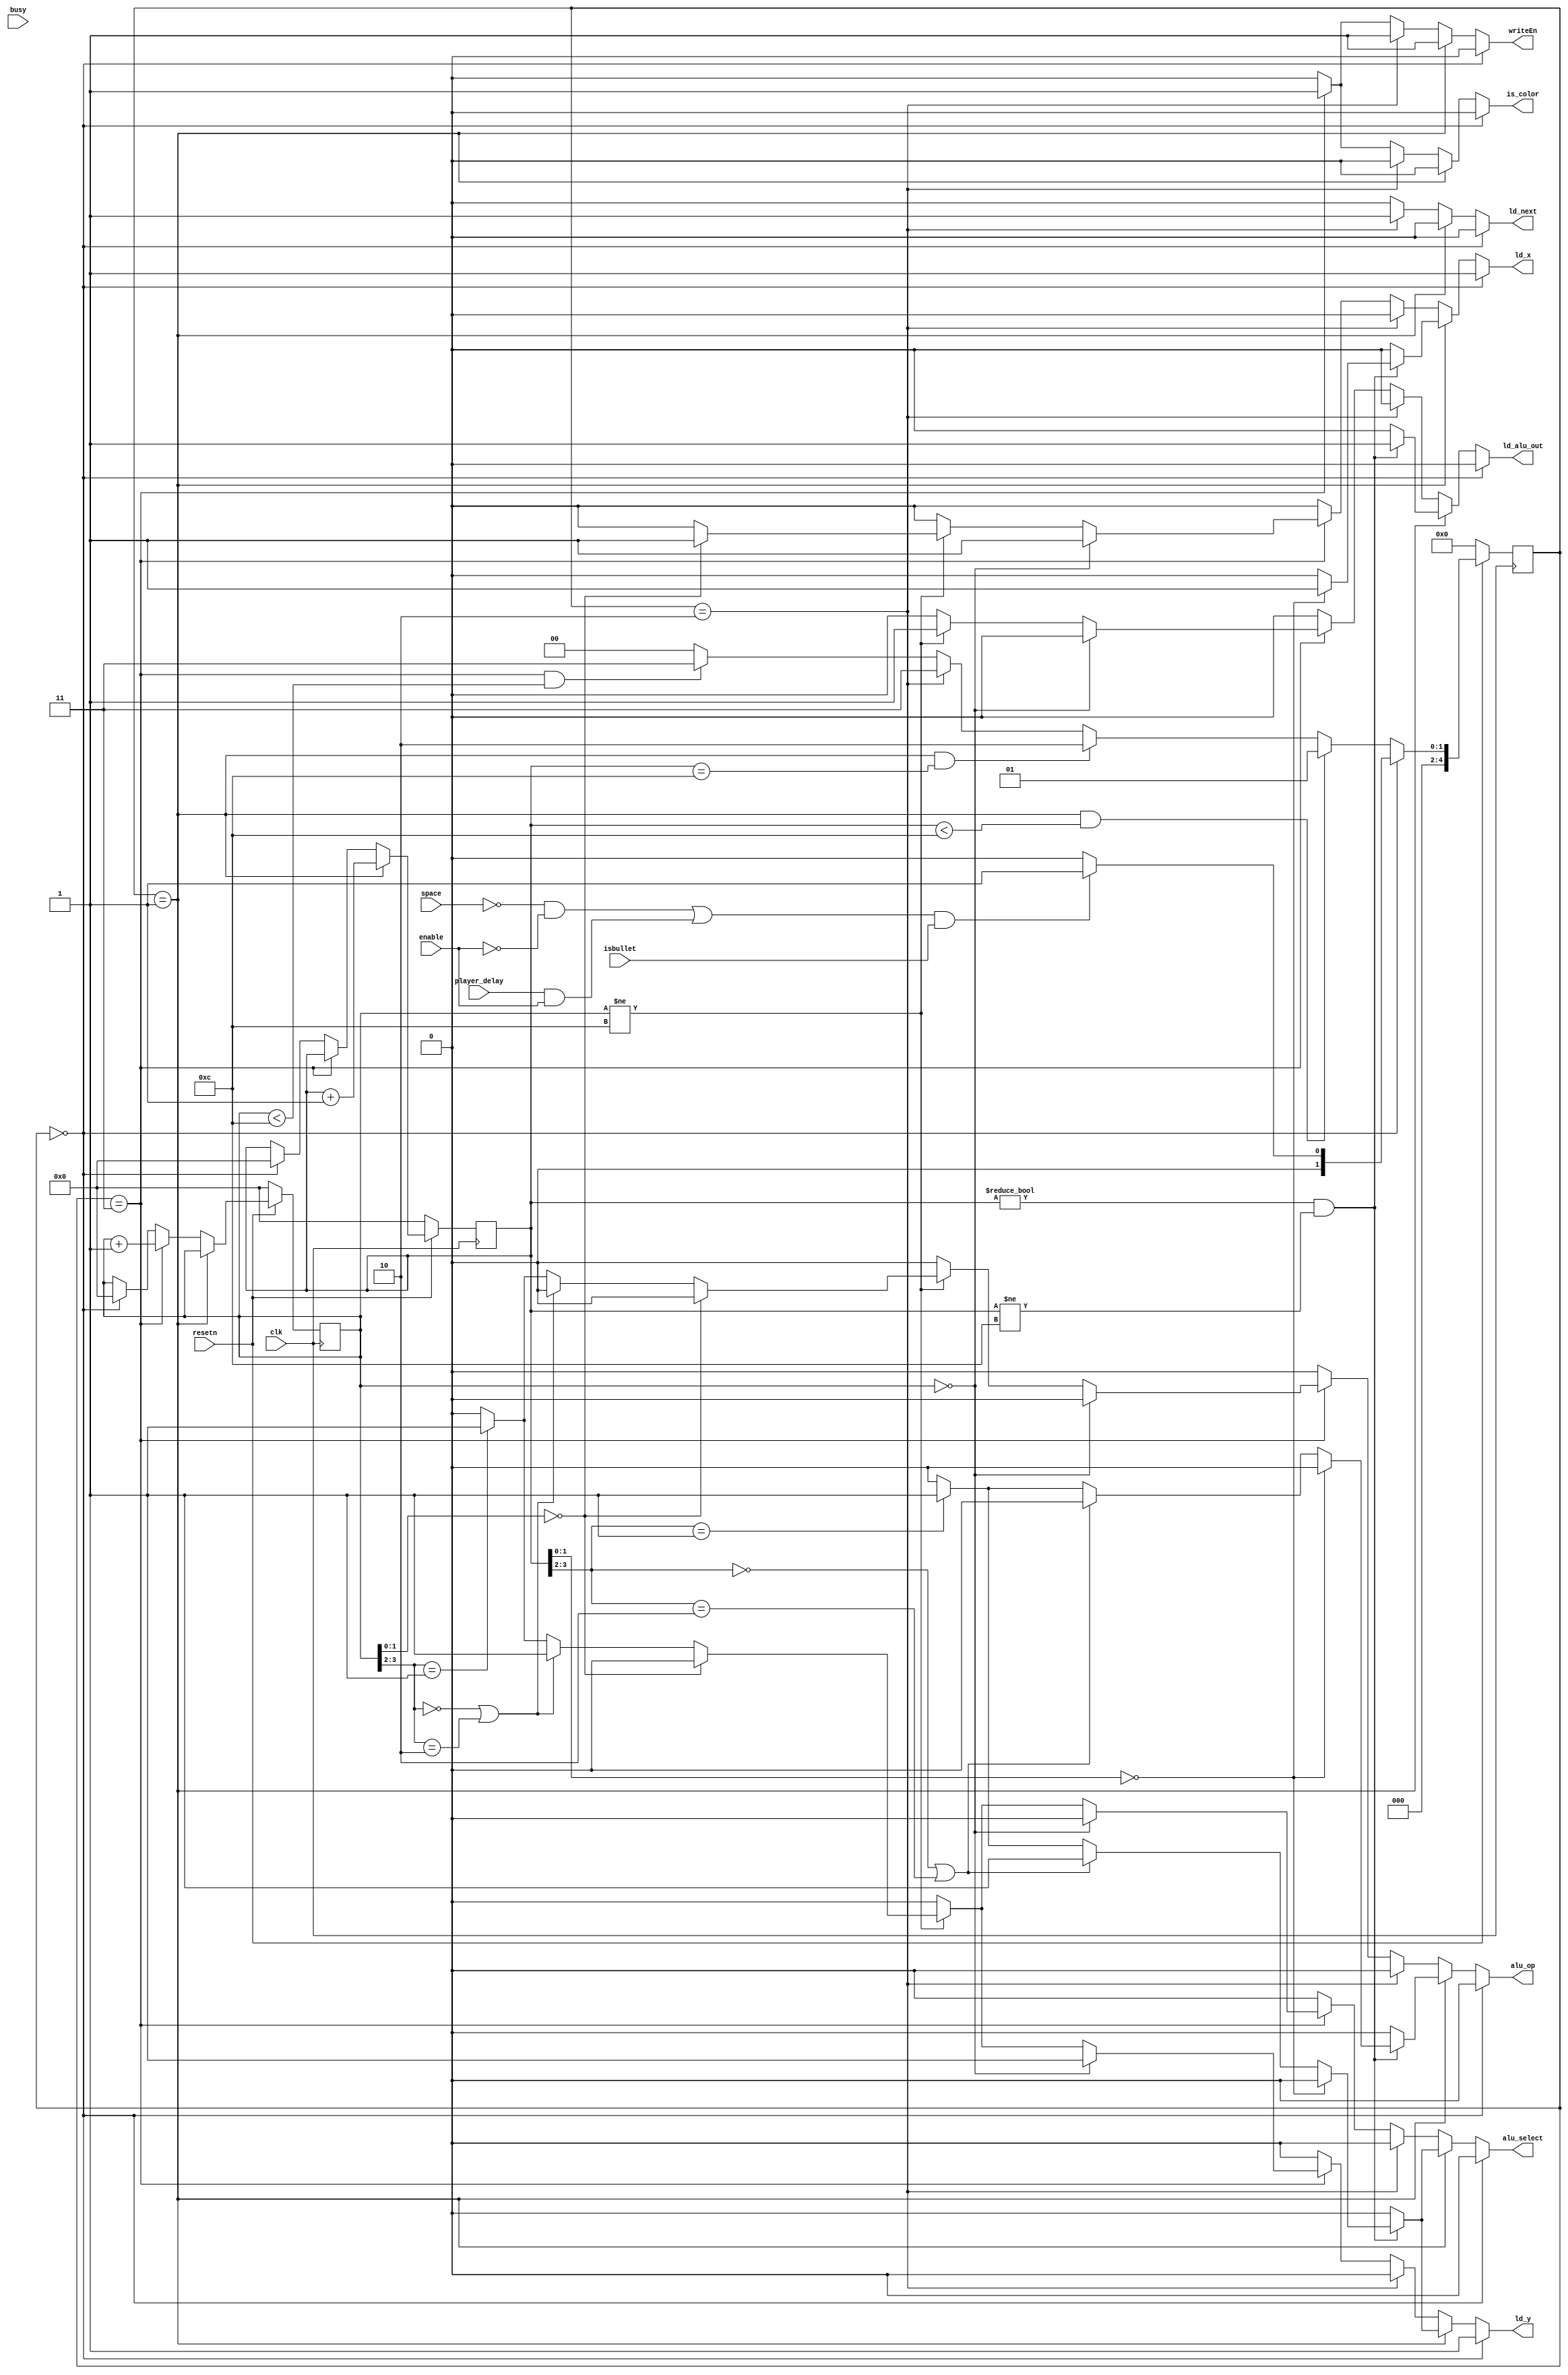
module bullet_control(
							 input 			clk,
							 input 			resetn,
							 input 			player_delay,
							 input 			busy,
							 input space,
							 input enable,
							 input isbullet,
							 output reg ld_x,
							 output reg ld_y,
							 output reg ld_alu_out,
							 output reg alu_select,
							 output reg alu_op,
							 output reg ld_next,
							 output reg writeEn,
							 output reg is_color
							 );
	 /*
		clk - clock
		resetn - active low reset
		player_delay - the delay to redraw the player
		ld_x, ld_y - tells datapath to load
		ld_alu_out - tells x and y to load from the alu
		alu_select - chooses x or y for the alu
		alu_op - chooses which operation to apply to x/y
		ld_next - enables the coordinate counters
		writeEn - enables write
		is_color - tells the datapath that we are drawing and not erasing
		*/
	 localparam
		 S_WAIT = 5'd0, // Wait for the delay
		 S_ERASE = 5'd1, // Erase said coordinates
		 S_LOAD = 5'd2, // Load in the new coordinates
		 S_DRAW = 5'd3, // Draw the new coordinates
		 S_FINAL = 5'd31;
 
	 
	 
	 reg [4:0] 							pcs, pns; // player_current_state, player_next_state,
	 reg [3:0] 							player_drawer, player_eraser = 4'b0;
	 
	 always @(*)
						 begin: state_table
								if (pcs == S_WAIT)
									pns = (((~space && ~enable) || (player_delay && enable)) && isbullet) ? S_ERASE : S_WAIT;
								else if (pcs == S_ERASE && player_eraser < 4'd12)
									pns = S_ERASE;
								else if (pcs == S_ERASE && player_eraser == 4'd12)
									pns = S_LOAD;
								else if (pcs == S_LOAD)
									pns = S_DRAW;
								else if (pcs == S_DRAW && player_drawer < 4'd12)
									pns = S_DRAW;
								else if (pcs == S_DRAW && player_drawer == 4'd12)
									pns = S_WAIT; 
								else 
									pns = S_WAIT;
						 end // block: state_table
	 
	 always @(*) begin
			ld_x = 1'b0;
			ld_y = 1'b0;
			ld_alu_out = 1'b0;
			alu_select = 1'b0;
			alu_op = 1'b0;
			ld_next = 1'b0; 
			writeEn = 1'b0;
			is_color = 1'b0; 
			if (pcs == S_WAIT) begin
				 ld_x = 1'b1;
				 ld_y = 1'b1;
			end
			else if (pcs == S_ERASE) begin 
				 writeEn = 1'b1;
				 if (player_eraser != 4'b0000 && player_eraser != 4'd12)begin
						// Don't do anything on the first or last step
						ld_alu_out = 1'b1;
						// We are always loading a value
						if (player_eraser[1:0] == 2'b00)begin
							 // Shift right 1 bit every 4 erases
							 ld_x = 1'b1;
						end
						else if (player_eraser[3:2] == 2'b00 || player_eraser[3:2] == 2'b10)begin
							 // Shift down 1 bit every odd right shift
							 ld_y = 1'b1;
							 alu_select = 1'b1; 
						end
						else if (player_eraser[3:2] == 2'b01)begin
							 // Shift up 1 bit every even right shift
							 ld_y = 1'b1;
							 alu_select = 1'b1;
							 alu_op = 1'b1; 
						end
				 end
			end // if (pcs == S_ERASE)
			else if (pcs == S_LOAD) begin
				 writeEn = 1'b1; 
				 ld_next = 1'b1;
			end
			else if (pcs == S_DRAW) begin
				 writeEn = 1'b1;
				 is_color = 1'b1;
				 if (player_drawer == 4'b0)begin
						ld_x = 1'b1;
						ld_y = 1'b1;
				 end 
				 else if (player_drawer != 4'd12)begin
						// Don't do anything on the first or last step
						ld_alu_out = 1'b1;
						// We are always loading a value
						if (player_drawer[1:0] == 2'b00)begin
							 // Shift right 1 bit every 4 draw
							 ld_x = 1'b1;
						end
						else if (player_drawer[3:2] == 2'b00 || player_drawer[3:2] == 2'b10)begin
							 // Shift down 1 bit every odd right shift
							 ld_y = 1'b1;
							 alu_select = 1'b1; 
						end
						else if (player_drawer[3:2] == 2'b01)begin
							 // Shift up 1 bit every even right shift
							 ld_y = 1'b1;
							 alu_select = 1'b1;
							 alu_op = 1'b1; 
						end
				 end
			end // if (pcs == S_DRAW)
	 end // always @ begin
	 
	 
	 always @(posedge clk) begin
			if (!resetn)
				begin
					 pcs <= S_WAIT;
					 player_drawer <= 4'd0;
					 player_eraser <= 4'd0; 
				end
			else begin 
				 if (pcs == S_ERASE)
					 player_eraser <= player_eraser + 1;
				 else if (pcs == S_DRAW)
					 player_drawer <= player_drawer + 1;
				 else if (pcs == S_WAIT) begin
						player_eraser <= 4'd0;
						player_drawer <= 4'd0; 
				 end
				 pcs <= pns;
			end // else: !if(!resetn)
	 end
endmodule // control



module bullet_datapath(
								input 					 clk,
								input 					 resetn,
								input [7:0] 		 x_in,
								input [6:0] 		 y_in,
								input 					 ld_x, ld_y,
								input ld_alu_out, 
								input alu_select,
								input alu_op,
								input [2:0] color_in,
								input is_color,
								output reg [7:0] x_out,
								output reg [6:0] y_out,
								output [2:0] color_out,
								output reg bullet_enable
								);
	 /*
		clk - clock
		resetn - active low reset
		x_in - original x coordinate
		y_in - original y coordinate
		ld_x, ld_y - loads in the values for x and y
		ld_alu_out - loads from the alu
		alu_select - selects x/y for the alu
		alu_op - selects which operation for the alu
		color_in - the color input
		is_color - determines if we are drawing and not erasing
		x_out - new x coordinate
		y_out - new y coordinate
		color_out - the color after being filtered
		*/
	 reg [7:0] 										 alu_in;
	 reg [7:0] 										 alu_out;

	 assign color_out = is_color ? color_in : 3'b000;
	 always @(posedge clk) begin
			if (!resetn) begin
				 x_out <= x_in;
				 y_out <= y_in; 
			end
			else begin
				 if (ld_x)
					 x_out <= ld_alu_out ? alu_out : x_in;
				 if (ld_y)
					 y_out <= ld_alu_out ? alu_out : y_in; 
			end
	 end // always @ (posedge clk)
	 always @(*) begin
			if (alu_select == 1'b0)
				alu_in = x_out;
			else
				alu_in = {1'b0,y_out}; 
	 end // always @ begin

	 always @(*) begin: ALU
			bullet_enable = y_out < 7'd118;
			case(alu_op)
				1'b0: alu_out = alu_in + 1;
				1'b1: alu_out = alu_in - 1; 
				default: alu_out = 8'd0;
			endcase // case (alu_op) 
	 end
	 
endmodule